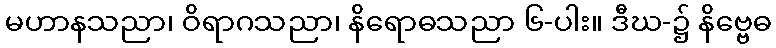
မဟာနသညာ၊ ဝိရာဂသညာ၊ နိရောဓသညာ ၆-ပါး။ ဒီဃ-၌ နိဗ္ဗေဓ